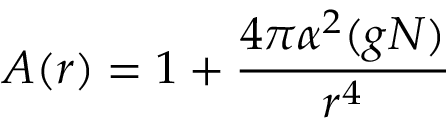
A ( r ) = 1 + { \frac { 4 \pi \alpha ^ { 2 } ( g N ) } { r ^ { 4 } } }